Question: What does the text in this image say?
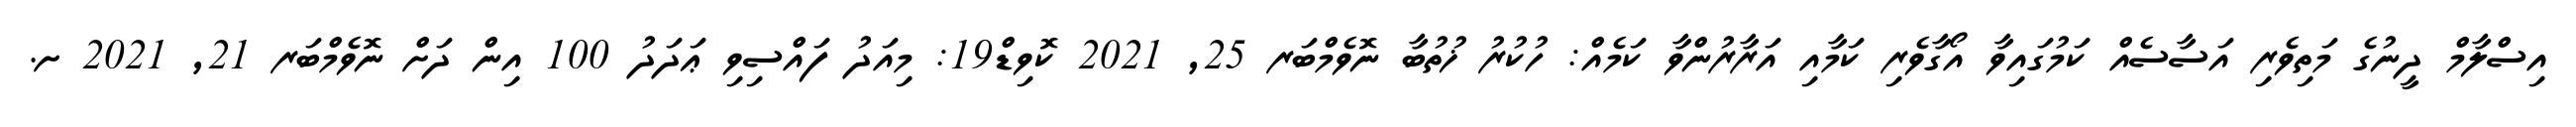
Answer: އިސްލާމް ދީނުގެ މަތިވެރި އަސާސެއް ކަމުގައިވާ އޯގާވެރި ކަމާއި އަރާރުންވާ ކަމެއް: ހުކުރު ޚުތުބާ ނޮވެމްބަރ 25, 2021 ކޮވިޑް19: މިއަދު ފައްސިވި ޢަދަދު 100 އިން ދަށް ނޮވެމްބަރ 21, 2021 ށ.